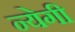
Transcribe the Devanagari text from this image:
न्येगी